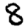
Digit: 8